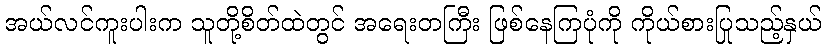
အယ်လင်ကူးပါးက သူတို့စိတ်ထဲတွင် အရေးတကြီး ဖြစ်နေကြပုံကို ကိုယ်စားပြုသည့်နှယ်